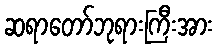
ဆရာတော်ဘုရားကြီးအား